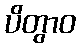
ပိတွာဝ